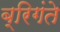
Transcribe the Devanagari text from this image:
ब्रिगंते